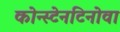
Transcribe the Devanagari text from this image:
कोन्स्टेनटिनोवा